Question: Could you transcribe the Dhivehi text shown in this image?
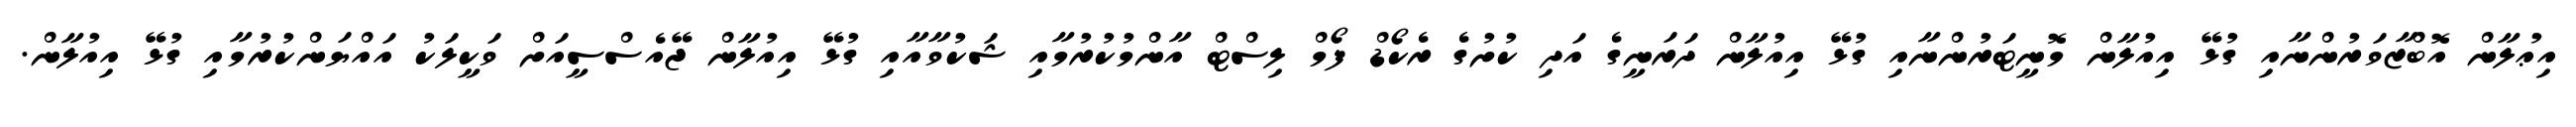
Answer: އިޢުލާން އޮބްޒާވަރުންނާއި ގުޅޭ އިއުލާން މޮނީޓަރުންނާއި ގުޅޭ އިއުލާން ދަރަނީގެ އަދި ކުށުގެ ރެކޯޑް ފޯމް ލިސްޓް އާންމުކުރުމާއި ޝަކުވާއާއި ގުޅޭ އިއުލާން ޖޭއެސްސީއަށް ވަކީލަކު އައްޔަންކުރުމާއި ގުޅޭ އިއުލާން.